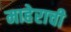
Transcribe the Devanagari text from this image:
माहेराची